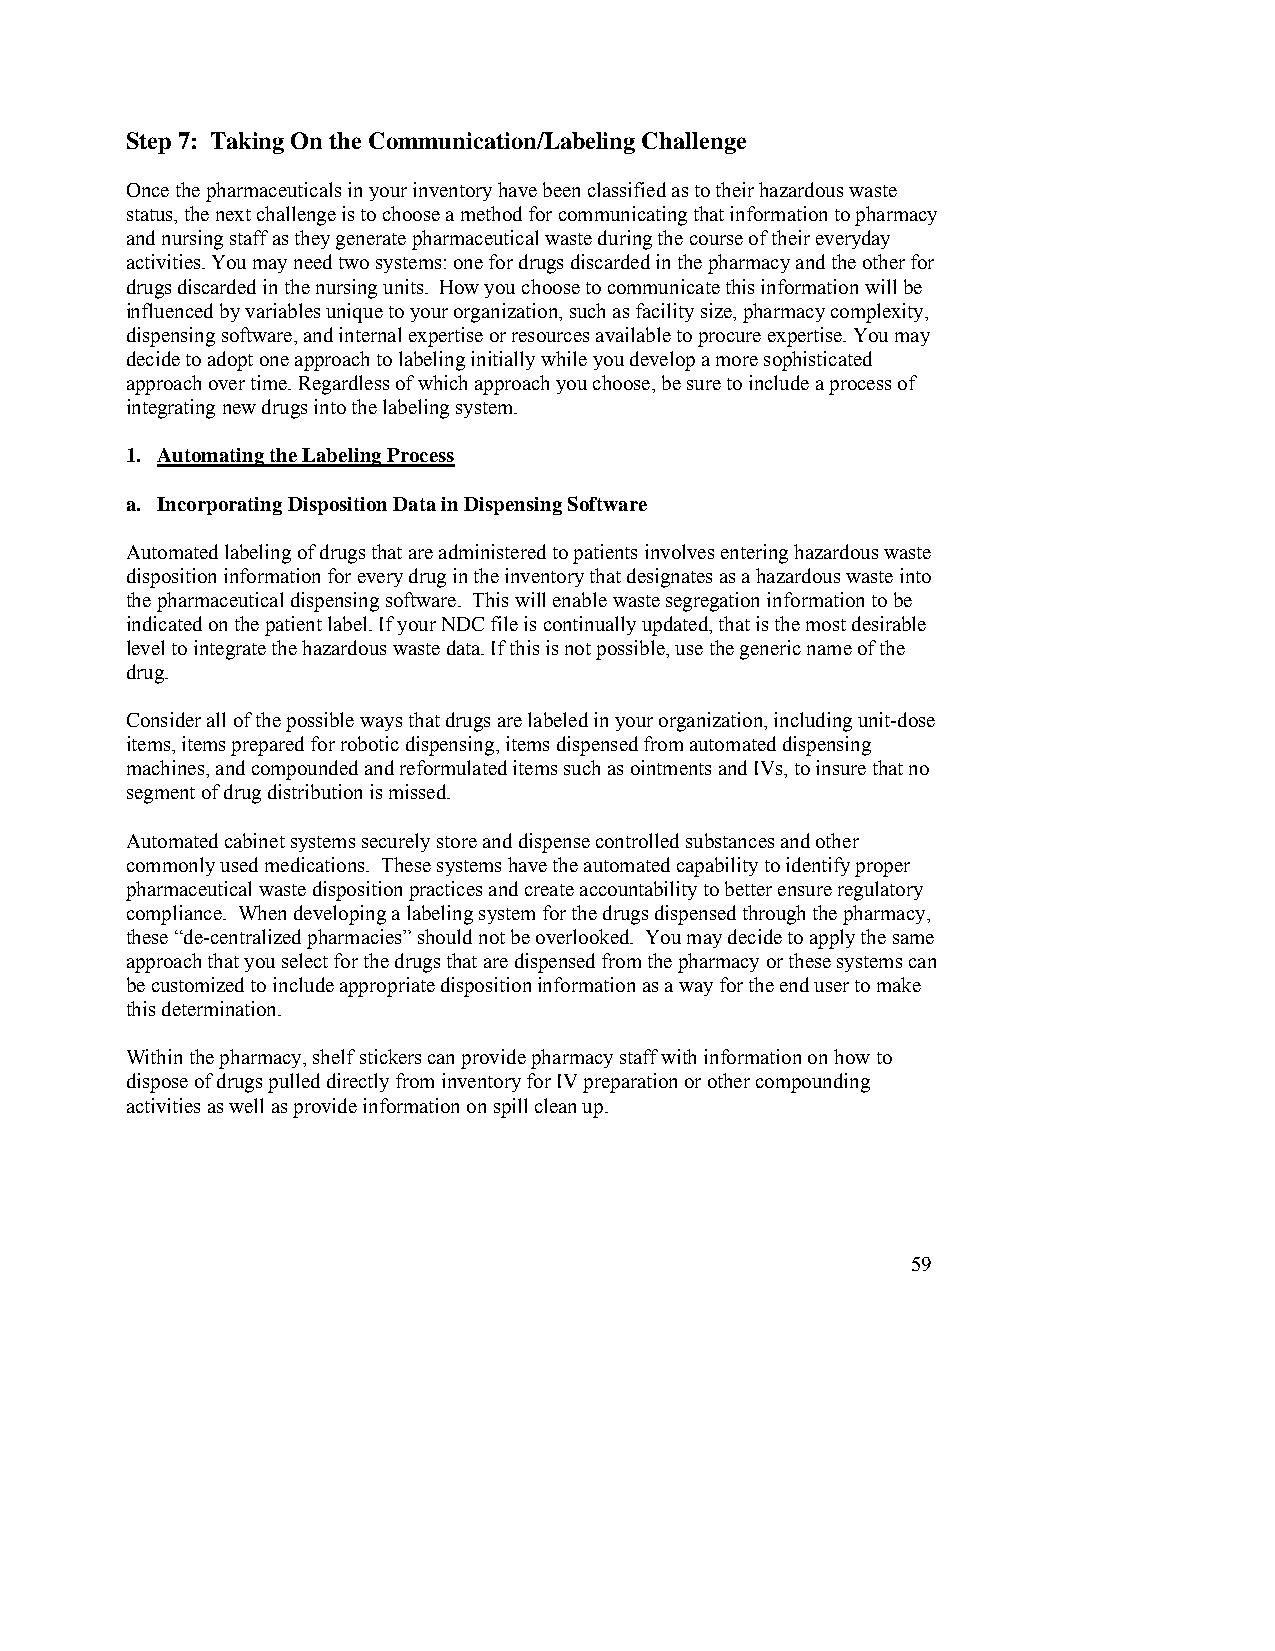
Step 7: Taking On the Communication/Labeling Challenge
 Once the pharmaceuticals in your inventory have been classified as to their hazardous waste
 status, the next challenge is to choose a method for communicating that information to pharmacy
 and nursing staff as they generate pharmaceutical waste during the course of their everyday
 activities. You may need two systems: one for drugs discarded in the pharmacy and the other for
 drugs discarded in the nursing units. How you choose to communicate this information will be
 influenced by variables unique to your organization, such as facility size, pharmacy complexity,
 dispensing software, and internal expertise or resources available to procure expertise. You may
 decide to adopt one approach to labeling initially while you develop a more sophisticated
 approach over time. Regardless of which approach you choose, be sure to include a process of
 integrating new drugs into the labeling system.
 1. Automating the Labeling Process
 a. Incorporating Disposition Data in Dispensing Software
 Automated labeling of drugs that are administered to patients involves entering hazardous waste
 disposition information for every drug in the inventory that designates as a hazardous waste into
 the pharmaceutical dispensing software. This will enable waste segregation information to be
 indicated on the patient label. If your NDC file is continually updated, that is the most desirable
 level to integrate the hazardous waste data. If this is not possible, use the generic name of the
 drug.
 Consider all of the possible ways that drugs are labeled in your organization, including unit-dose
 items, items prepared for robotic dispensing, items dispensed from automated dispensing
 machines, and compounded and reformulated items such as ointments and IVs, to insure that no
 segment of drug distribution is missed.
 Automated cabinet systems securely store and dispense controlled substances and other
 commonly used medications. These systems have the automated capability to identify proper
 pharmaceutical waste disposition practices and create accountability to better ensure regulatory
 compliance. When developing a labeling system for the drugs dispensed through the pharmacy,
 these “de-centralized pharmacies” should not be overlooked. You may decide to apply the same
 approach that you select for the drugs that are dispensed from the pharmacy or these systems can
 be customized to include appropriate disposition information as a way for the end user to make
 this determination.
 Within the pharmacy, shelf stickers can provide pharmacy staff with information on how to
 dispose of drugs pulled directly from inventory for IV preparation or other compounding
 activities as well as provide information on spill clean up.
 59